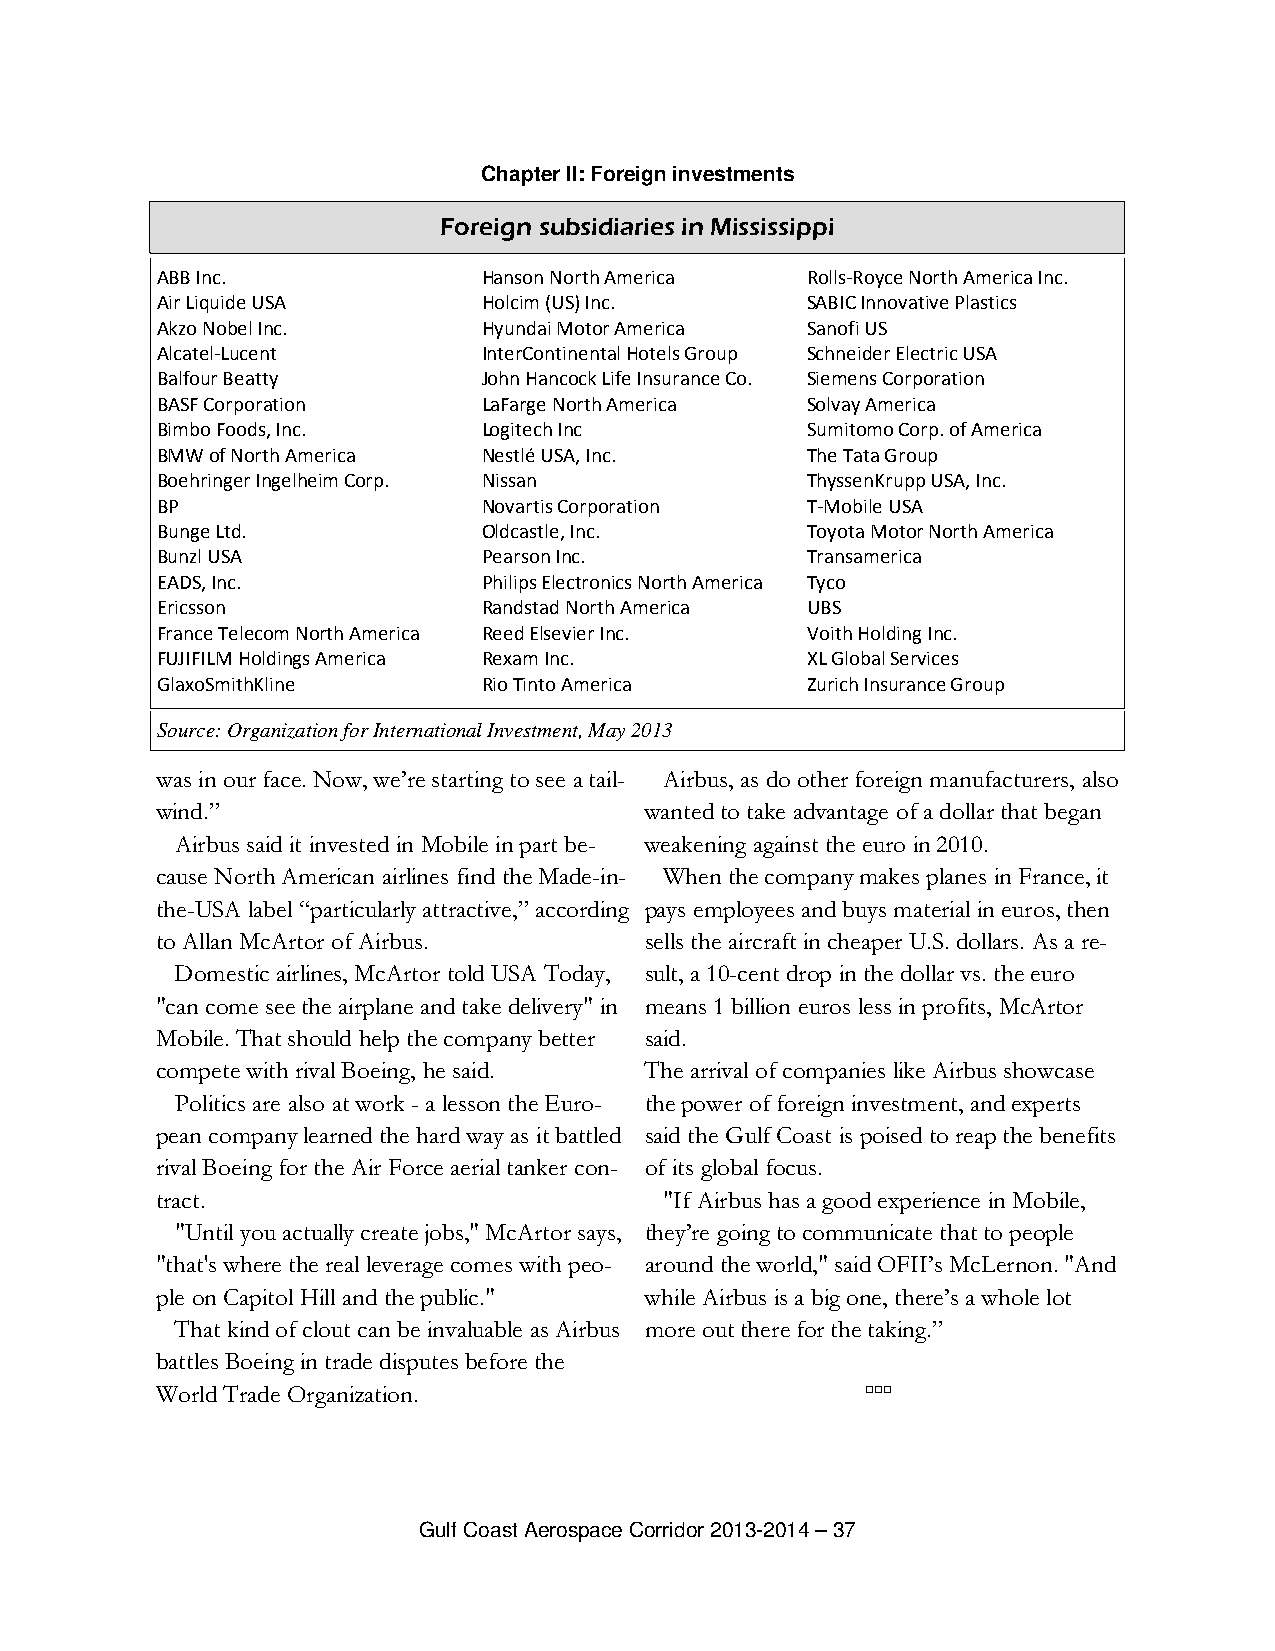
Chapter II: Foreign investments
 Foreign subsidiaries in Mississippi
 ABB Inc.              Hanson North America Rolls-Royce North America Inc.
 Air Liquide USA       Holcim (US) Inc.     SABIC Innovative Plastics
 Akzo Nobel Inc.       Hyundai Motor America Sanofi US
 Alcatel-Lucent        InterContinental Hotels Group Schneider Electric USA
 Balfour Beatty        John Hancock Life Insurance Co. Siemens Corporation
 BASF Corporation      LaFarge North America Solvay America
 Bimbo Foods, Inc.     Logitech Inc         Sumitomo Corp. of America
 BMW of North America  Nestlé USA, Inc.     The Tata Group
 Boehringer Ingelheim Corp. Nissan          ThyssenKrupp USA, Inc.
 BP                    Novartis Corporation T-Mobile USA
 Bunge Ltd.            Oldcastle, Inc.      Toyota Motor North America
 Bunzl USA             Pearson Inc.         Transamerica
 EADS, Inc.            Philips Electronics North America Tyco
 Ericsson              Randstad North America UBS
 France Telecom North America Reed Elsevier Inc. Voith Holding Inc.
 FUJIFILM Holdings America Rexam Inc.       XL Global Services
 GlaxoSmithKline       Rio Tinto America    Zurich Insurance Group
 Source: Organization for International Investment, May 2013
 was in our face. Now, we’re starting to see a tail- Airbus, as do other foreign manufacturers, also
 wind.”                           wanted to take advantage of a dollar that began
 Airbus said it invested in Mobile in part be- weakening against the euro in 2010.
 cause North American airlines find the Made-in- When the company makes planes in France, it
 the-USA label “particularly attractive,” according pays employees and buys material in euros, then
 to Allan McArtor of Airbus.      sells the aircraft in cheaper U.S. dollars. As a re-
 Domestic airlines, McArtor told USA Today, sult, a 10-cent drop in the dollar vs. the euro
 "can come see the airplane and take delivery" in means 1 billion euros less in profits, McArtor
 Mobile. That should help the company better said.
 compete with rival Boeing, he said. The arrival of companies like Airbus showcase
 Politics are also at work - a lesson the Euro- the power of foreign investment, and experts
 pean company learned the hard way as it battled said the Gulf Coast is poised to reap the benefits
 rival Boeing for the Air Force aerial tanker con- of its global focus.
 tract.                            "If Airbus has a good experience in Mobile,
 "Until you actually create jobs," McArtor says, they’re going to communicate that to people
 "that's where the real leverage comes with peo- around the world," said OFII’s McLernon. "And
 ple on Capitol Hill and the public." while Airbus is a big one, there’s a whole lot
 That kind of clout can be invaluable as Airbus more out there for the taking.”
 battles Boeing in trade disputes before the
 World Trade Organization.                      ▫▫▫
 Gulf Coast Aerospace Corridor 2013-2014 – 37